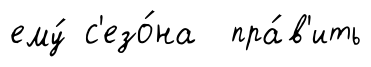
ему́ с'езо́на пра́в'ить